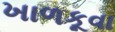
ખાળકૂવા